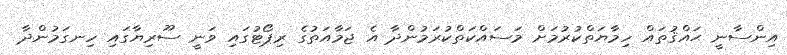
އިންސާނީ ޙައްޤުތައް ހިމާޔަތްކުރުމަށް މަސައްކަތްކުރަމުންދާ އެ ޖަމާއަތުގެ ރިޕޯޓުގައި ވަނީ ސޫރިޔާގައި ހިނގަމުންދާ